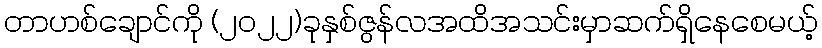
တာဟစ်ချောင်ကို (၂၀၂၂)ခုနှစ်ဇွန်လအထိအသင်းမှာဆက်ရှိနေစေမယ့်